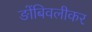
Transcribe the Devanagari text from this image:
ङोंबिवलीकर